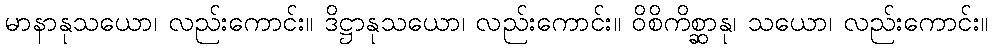
မာနာနုသယော၊ လည်းကောင်း။ ဒိဋ္ဌာနုသယော၊ လည်းကောင်း။ ဝိစိကိစ္ဆာနု၊ သယော၊ လည်းကောင်း။